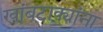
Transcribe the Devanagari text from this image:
खांबटाक्यांना